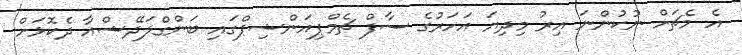
އެ މެޗަށް ނުކުންނަ އިރު މިދިޔަ އަހަރުގެ ސާފް ޗެމްޕިއަންޝިޕްގައި ބަންގްލަދޭޝްއާ ދެކޮޅަށް